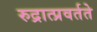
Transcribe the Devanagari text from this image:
रुद्रात्प्रवर्तते